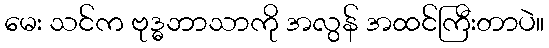
မေး သင်က ဗုဒ္ဓဘာသာကို အလွန် အထင်ကြီးတာပဲ။